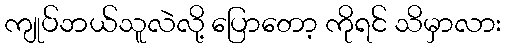
ကျုပ်ဘယ်သူလဲလို့ ပြောတော့ ကိုရင် သိမှာလား